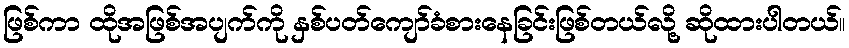
ဖြစ်ကာ ထိုအဖြစ်အပျက်ကို နှစ်ပတ်ကျော်ခံစားနေခြင်းဖြစ်တယ်လို့ ဆိုထားပါတယ်။